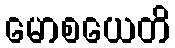
မောစယေတိ